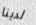
لدينا